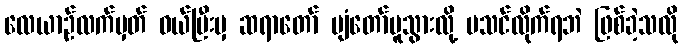
လေယာဉ်လက်မှတ် ဝယ်ပြီးမှ ဆရာတော် ပျံတော်မူသွားလို့ မသင်လိုက်ရဘဲ ဖြစ်ခဲ့သလို